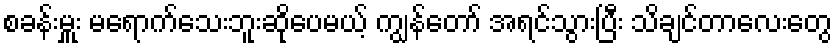
စခန်းမှူး မရောက်သေးဘူးဆိုပေမယ့် ကျွန်တော် အရင်သွားပြီး သိချင်တာလေးတွေ